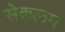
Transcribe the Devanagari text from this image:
सेकलम